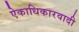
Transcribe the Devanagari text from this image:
ऐकाधिकारवादी